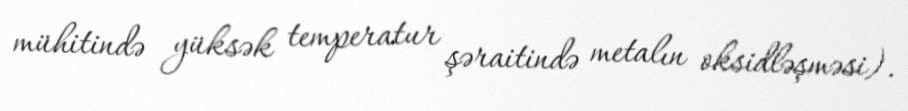
mühitində yüksək temperatur şəraitində metalın oksidləşməsi).